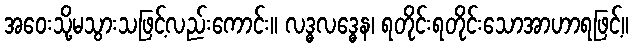
အဝေးသို့မသွားသဖြင့်လည်းကောင်း။ လဒ္ဓလဒ္ဓေန၊ ရတိုင်းရတိုင်းသောအာဟာရဖြင့်။